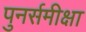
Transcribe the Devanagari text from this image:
पुनर्समीक्षा